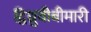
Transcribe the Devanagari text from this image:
द्विध्रुवीबीमारी